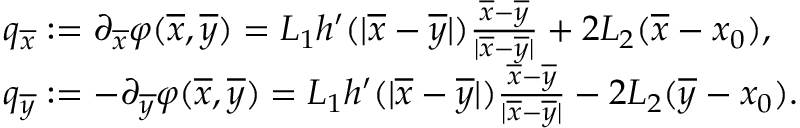
\begin{array} { r l } & { q _ { \overline { { x } } } : = \partial _ { \overline { { x } } } \varphi ( \overline { { x } } , \overline { { y } } ) = L _ { 1 } h ^ { \prime } ( | \overline { { x } } - \overline { { y } } | ) \frac { \overline { { x } } - \overline { { y } } } { | \overline { { x } } - \overline { { y } } | } + 2 L _ { 2 } ( \overline { { x } } - x _ { 0 } ) , } \\ & { q _ { \overline { { y } } } : = - \partial _ { \overline { { y } } } \varphi ( \overline { { x } } , \overline { { y } } ) = L _ { 1 } h ^ { \prime } ( | \overline { { x } } - \overline { { y } } | ) \frac { \overline { { x } } - \overline { { y } } } { | \overline { { x } } - \overline { { y } } | } - 2 L _ { 2 } ( \overline { { y } } - x _ { 0 } ) . } \end{array}